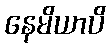
နေမိယာပိ